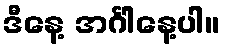
ဒီနေ့ အင်္ဂါနေ့ပါ။